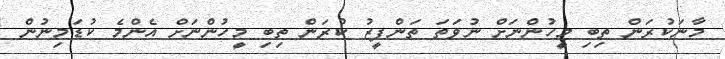
މާނަކުރަން ތިބި މީހުންނަށް ނުވަތަ ތަންފީޒު ކުރަން ތިބި މީހުންނަށް އެންމެ ކުޑަމިނުން